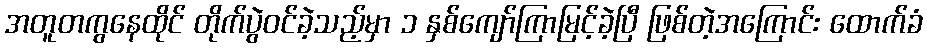
အတူတကွနေထိုင် တိုက်ပွဲဝင်ခဲ့သည့်မှာ ၁ နှစ်ကျော်ကြာမြင့်ခဲ့ပြီ ဖြစ်တဲ့အကြောင်း ထောက်ခံ